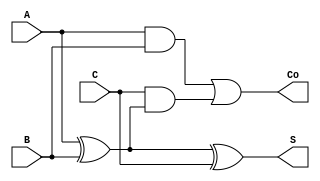
module full_adder(input A,B,C,output S,Co);
  assign S=A^B^C;
  assign Co=(A&B)| (C & (A^B));
endmodule